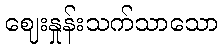
ဈေးနှုန်းသက်သာသော